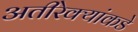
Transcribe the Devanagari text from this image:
अतीरेक्यांकडे